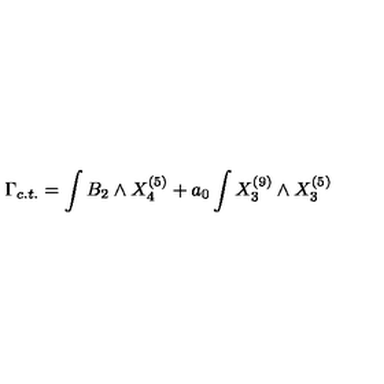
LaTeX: \Gamma _ { c . t . } = \int B _ { 2 } \wedge X _ { 4 } ^ { ( 5 ) } + a _ { 0 } \int X _ { 3 } ^ { ( 9 ) } \wedge X _ { 3 } ^ { ( 5 ) }